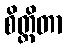
စိတ္တိတာ